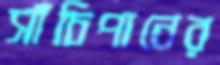
সাঁচিপানের